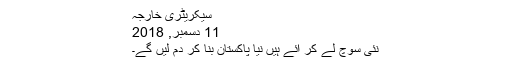
سیکریٹری خارجہ
11 دسمبر, 2018
نئی سوچ لے کر آئے ہیں نیا پاکستان بنا کر دم لیں گے۔